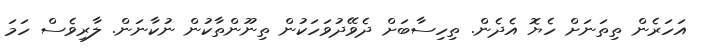
އަހަރެން ތިތަނަށް ހެޔޮ އެދެން. ތިހިސާބަށް ދެވޭދުވަހަކުން ތިނޫންތާކުން ނުކާނަން. ލާރިވެސް ހަމަ